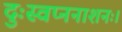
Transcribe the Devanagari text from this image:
दुःस्वप्ननाशनः।